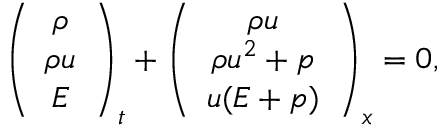
\left( \begin{array} { c } { \rho } \\ { \rho u } \\ { E } \end{array} \right) _ { t } + \left( \begin{array} { c } { \rho u } \\ { \rho u ^ { 2 } + p } \\ { u ( E + p ) } \end{array} \right) _ { x } = 0 ,